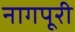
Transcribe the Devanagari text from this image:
नागपूरी